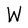
Character: W